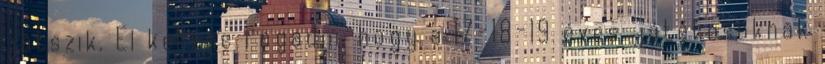
játszik. El kellene fogadni, hogy a 17-18-19 éves játékosoknak